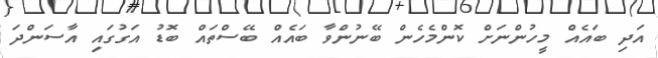
އަދި ބައެއް މީހުންނަށް ކޮންމެހެން ބޭނުންވާ ބައެއް ބޭސްތައް ބޮޑު އަގުގައި އާސަންދަ